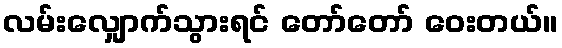
လမ်းလျှောက်သွားရင် တော်တော် ဝေးတယ်။